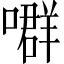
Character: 𡀳